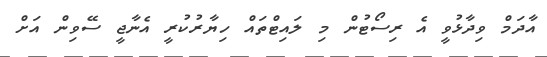
އާދަމް ވިދާޅުވީ އެ ރިސޯޓުން މި ލައިޓްތައް ހިޔާރުކުރީ އެނާޖީ ސޭވިން އަށް